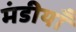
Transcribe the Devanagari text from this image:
मंडीयाँ